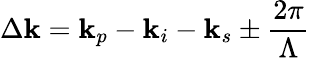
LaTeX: \Delta\mathbf{k}=\mathbf{k}_{p}-\mathbf{k}_{i}-\mathbf{k}_{s}\pm\frac{{2\pi}}{{\Lambda}}